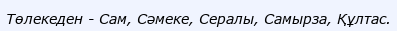
Төлекеден - Сам, Сәмеке, Сералы, Самырза, Құлтас.